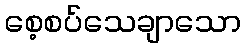
စေ့စပ်သေချာသော